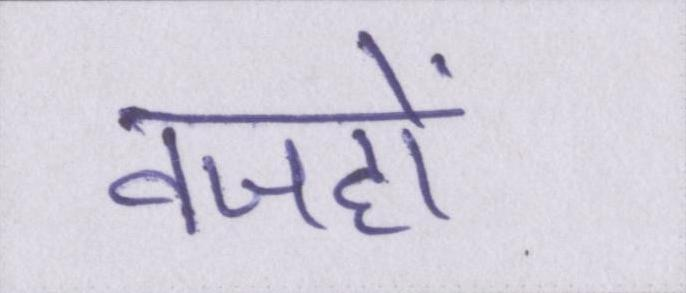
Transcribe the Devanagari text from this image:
वजहों